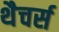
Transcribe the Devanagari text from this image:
थैचर्स